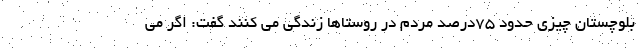
بلوچستان چیزی حدود ۷۵درصد مردم در روستاها زندگی می کنند گفت: اگر می